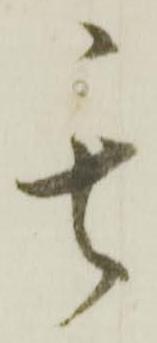
其